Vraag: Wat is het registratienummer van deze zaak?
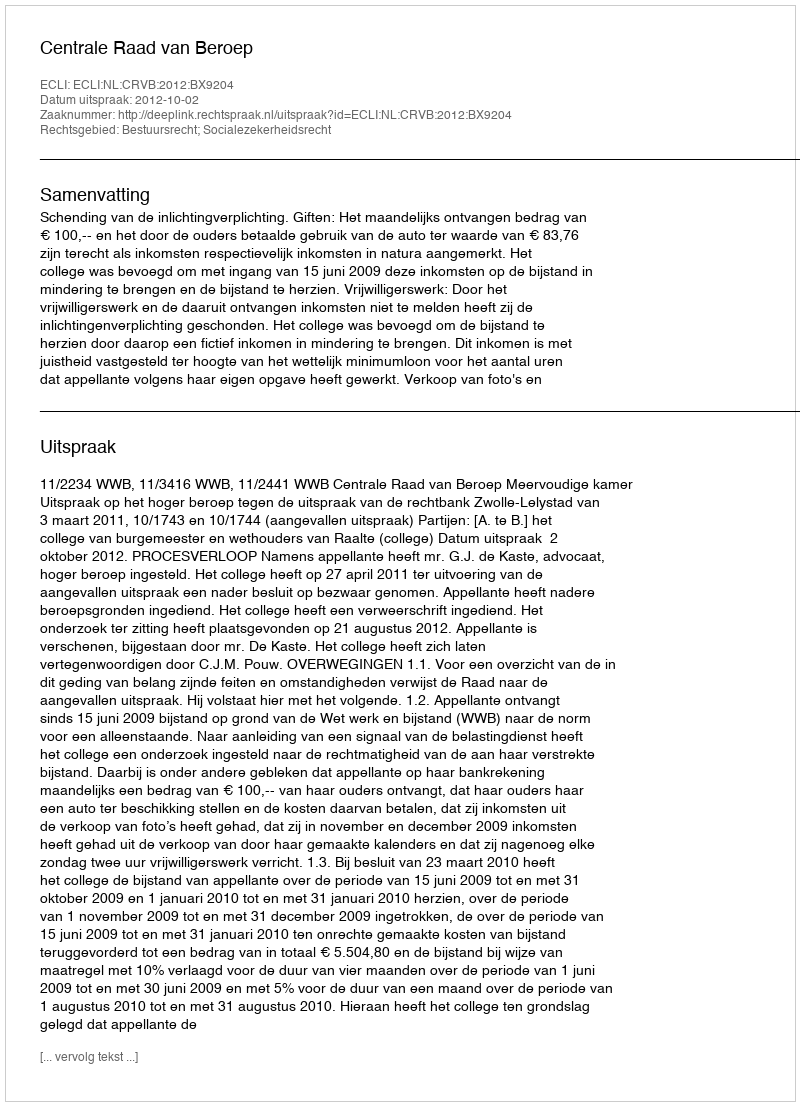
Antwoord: http://deeplink.rechtspraak.nl/uitspraak?id=ECLI:NL:CRVB:2012:BX9204